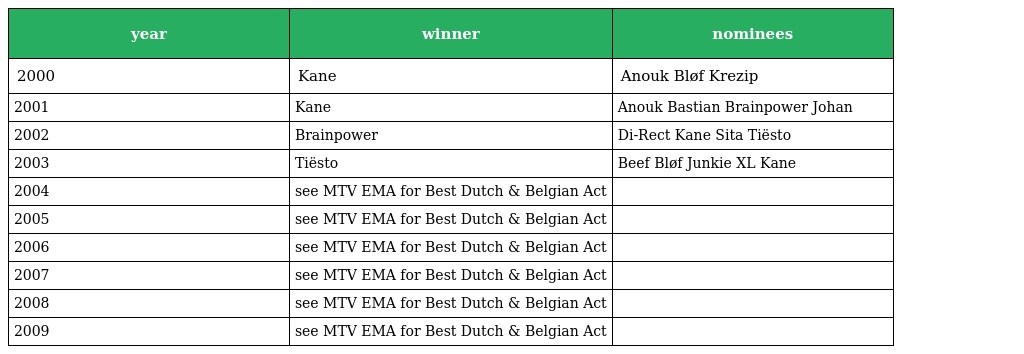
| year | winner | nominees |
 | --- | --- | --- |
 | 2000 | Kane | Anouk Bløf Krezip |
 | 2001 | Kane | Anouk Bastian Brainpower Johan |
 | 2002 | Brainpower | Di-Rect Kane Sita Tiësto |
 | 2003 | Tiësto | Beef Bløf Junkie XL Kane |
 | 2004 | see MTV EMA for Best Dutch & Belgian Act |  |
 | 2005 | see MTV EMA for Best Dutch & Belgian Act |  |
 | 2006 | see MTV EMA for Best Dutch & Belgian Act |  |
 | 2007 | see MTV EMA for Best Dutch & Belgian Act |  |
 | 2008 | see MTV EMA for Best Dutch & Belgian Act |  |
 | 2009 | see MTV EMA for Best Dutch & Belgian Act |  |